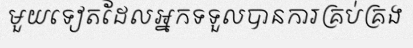
មួយទៀតដែលអ្នកទទួលបានការគ្រប់គ្រង